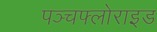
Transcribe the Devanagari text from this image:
पञ्चफ्लोराइड